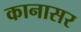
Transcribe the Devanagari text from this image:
कानासर